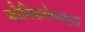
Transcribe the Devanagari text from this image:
कोनिफरोफाइटा